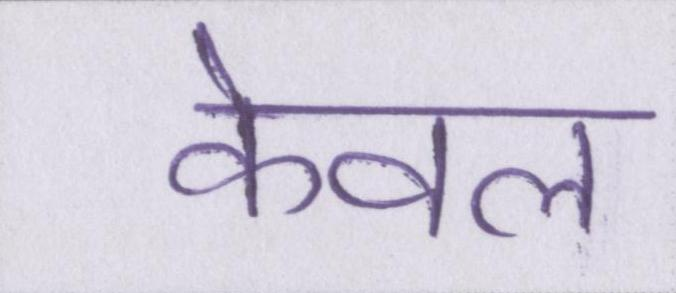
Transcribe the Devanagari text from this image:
केवल